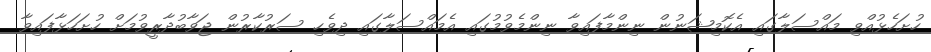
ހުށަހެޅުއްވި މައްސަލާގައި އެކޮމިޝަނުން ނިންމާފައިވާ ނިންމެވުމުގައި އެމައްސަލާގައި ދިވެހި ސަރުކާރުން ޖަވާބުދާރީވުމަށް ހުށަހަޅާފައިވާ